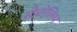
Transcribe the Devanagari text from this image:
स्टैटोलिथ